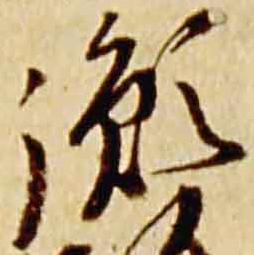
胤